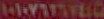
١٠١٠٧٦٣٦٧٤٥